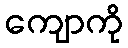
ကျောကို